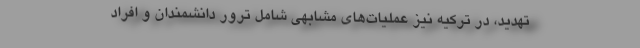
تهدید، در ترکیه نیز عملیات‌های مشابهی شامل ترور دانشمندان و افراد